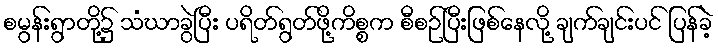
စမွန်းရွာတို့၌ သံဃာခွဲပြီး ပရိတ်ရွတ်ဖို့ကိစ္စက စီစဉ်ပြီးဖြစ်နေလို့ ချက်ချင်းပင် ပြန်ခဲ့